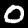
Label: 0